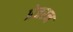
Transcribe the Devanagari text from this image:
प्रेजरन